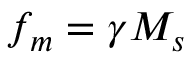
f _ { m } = \gamma M _ { s }